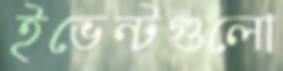
ইভেন্টগুলো